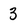
Character: 3